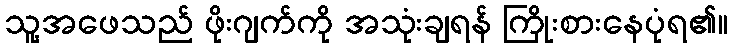
သူ့အဖေသည် ဖိုးဂျက်ကို အသုံးချရန် ကြိုးစားနေပုံရ၏။